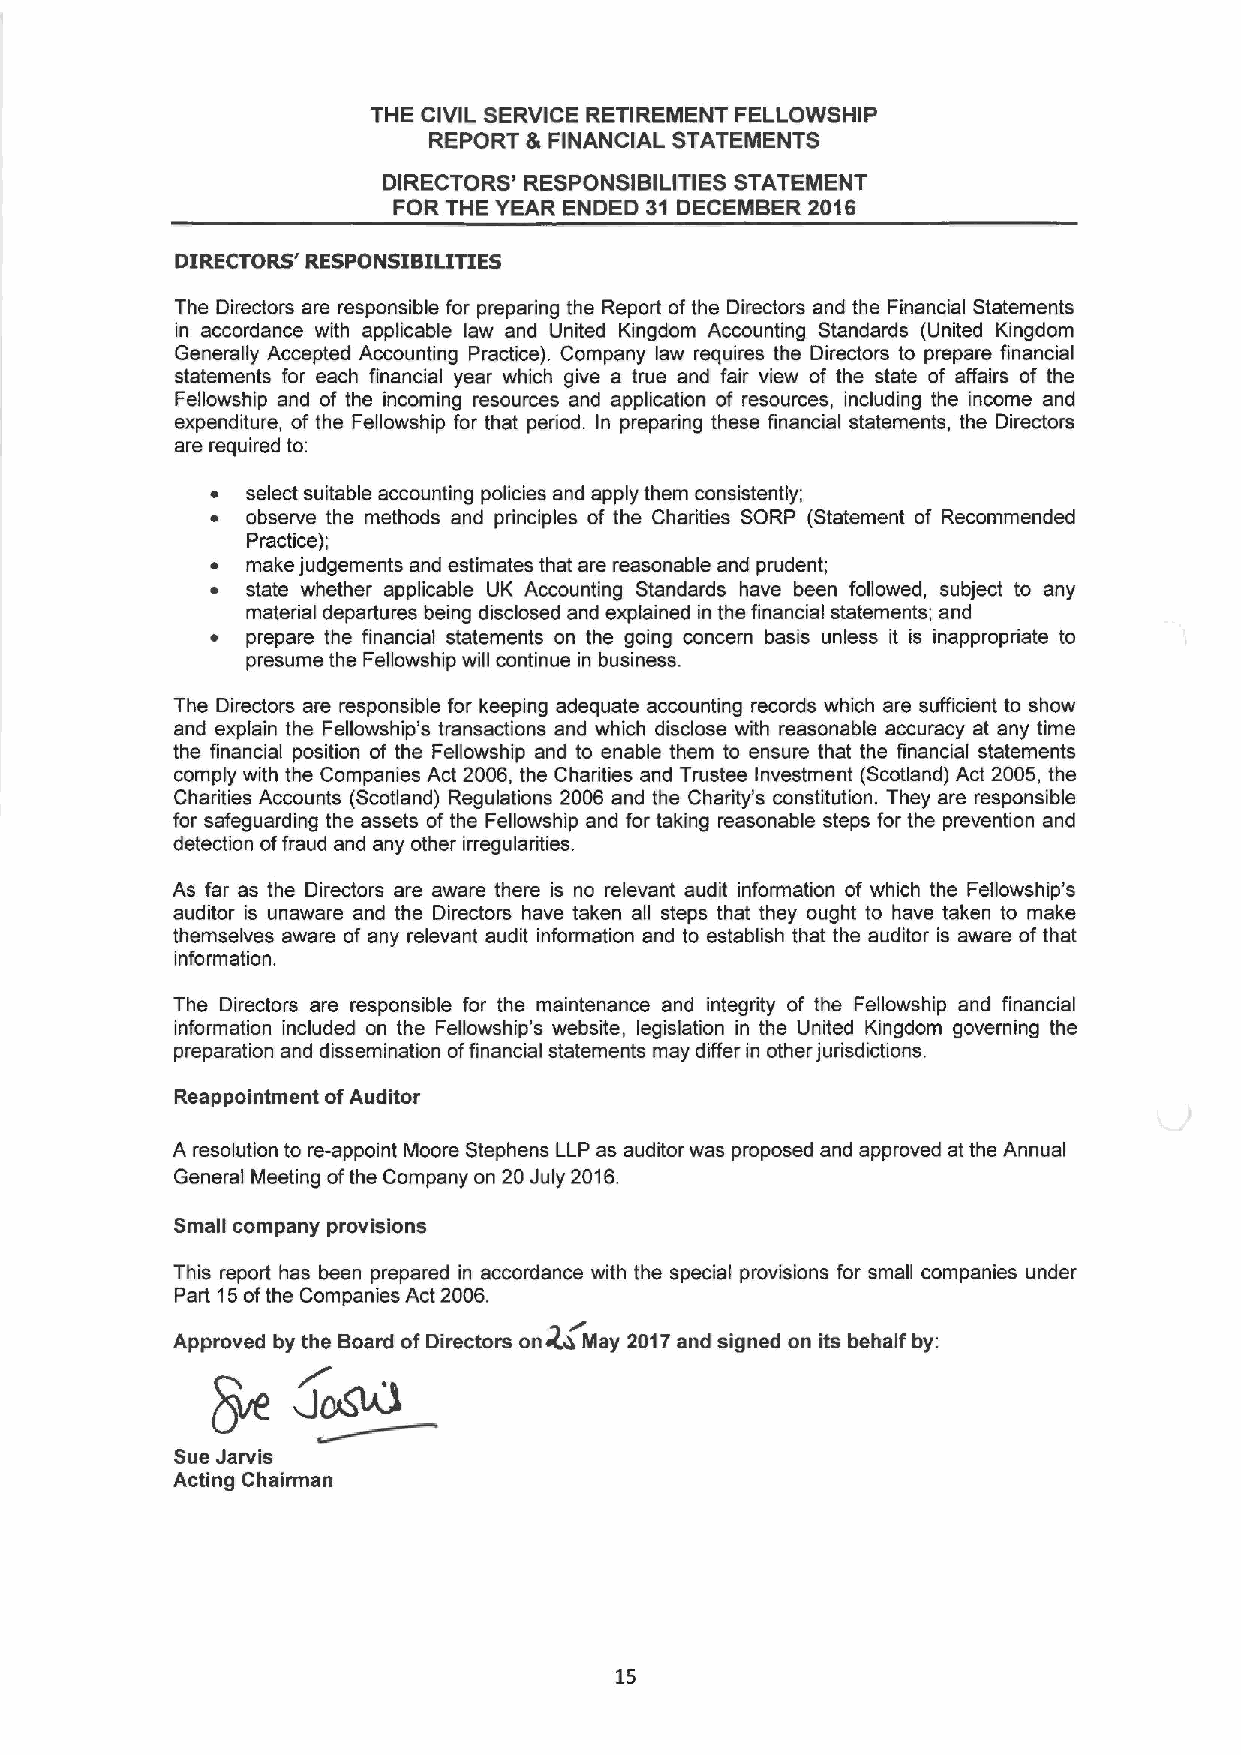
THE CIVIL SERVICE RETIREMENT FELLOWSHIP
 REPORT 8 FINANCIAL STATEMENTS
 DIRECTORS' RESPONSIBILITIES STATEMENT
 FOR THE YEAR ENDED 31 DECEMBER 2016
 DIRECTORS' RESPONSIBILITIES
 The Directors are responsible for preparing the Report of the Directors and the Financial Statements
 in accordance with applicable law and United Kingdom Accounting Standards (United Kingdom
 Generally Accepted Accounting Practice). Company law requires the Directors to prepare financial
 statements for each financial year which give a true and fair view of the state of affairs of the
 Fellowship and of the incoming resources and application of resources, including the income and
 expenditure, of the Fellowship for that period. In preparing these financial statements, the Directors
 are required to:
 ~ select suitable accounting policies and apply them consistently;
 ~ observe the methods and principles of the Charities SORP (Statement of Recommended
 Practice);
 ~ make judgements and estimates that are reasonable and prudent;
 ~ state whether applicable UK Accounting Standards have been followed, subject to any
 material departures being disclosed and explained in the financial statements; and
 ~ prepare the financial statements on the going concern basis unless it is inappropriate to
 presume the Fellowship will continue in business.
 The Directors are responsible for keeping adequate accounting records which are sufficient to show
 and explain the Fellowship's transactions and which disclose with reasonable accuracy at any time
 the financial position of the Fellowship and to enable them to ensure that the financial statements
 comply with the Companies Act 2006, the Charities and Trustee Investment (Scotland) Act 2005, the
 Charities Accounts (Scotland) Regulations 2006 and the Charity's constitution. They are responsible
 for safeguarding the assets of the Fellowship and for taking reasonable steps for the prevention and
 detection offraud and any other irregularities.
 As far as the Directors are aware there is no relevant audit information of which the Fellowship's
 auditor is unaware and the Directors have taken all steps that they ought to have taken to make
 themselves aware of any relevant audit information and to establish that the auditor is aware of that
 information.
 The Directors are responsible for the maintenance and integrity of the Fellowship and financial
 information included on the Fellowship's website, legislation in the United Kingdom governing the
 preparation and dissemination offinancial statements may differ in other jurisdictions.
 Reappointment ofAuditor
 A resolution to re-appoint Moore Stephens LLP as auditor was proposed and approved at the Annual
 General Meeting ofthe Company on 20 July 2016.
 Small company provisions
 This report has been prepared in accordance with the special provisions for small companies under
 Part t5ofthe Companies Act 2006.
 on~
 Approved by the Board ofDirectors May 2017and signed on its behalf by:
 Sue Jarvie
 Acting Chairman
 15